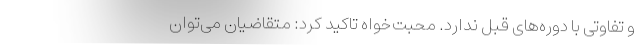
و تفاوتی با دوره‌های قبل ندارد. محبت‌خواه تاکید کرد: متقاضیان می‌توان